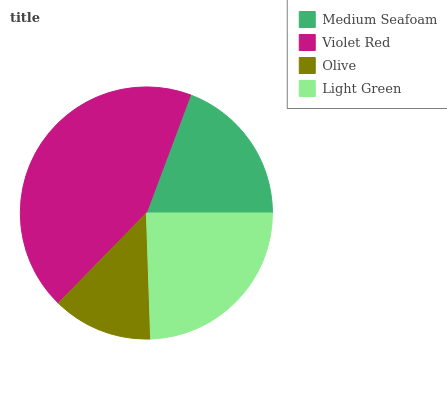
| Medium Seafoam | Violet Red | Olive | Light Green |
 | --- | --- | --- | --- |
 | 19.2% | 43.4% | 12.8% | 24.5% |